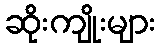
ဆိုးကျိုးများ